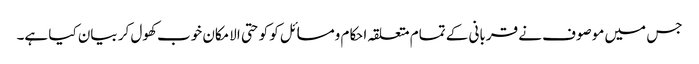
جس میں موصوف نے قربانی کے تمام متعلقہ احکام ومسائل کو کو حتی الامکان خوب کھول کر بیان کیا ہے۔